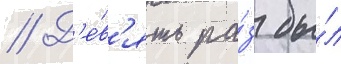
// Д'е́в'ять ра́з бы́л